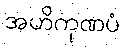
အဟိကုဏပံ